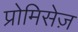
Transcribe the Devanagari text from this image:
प्रोमिसेज़